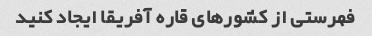
فهرستی از کشورهای قاره آفریقا ایجاد کنید